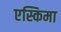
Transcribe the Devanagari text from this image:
एस्किमा